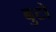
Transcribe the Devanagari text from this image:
बुटो